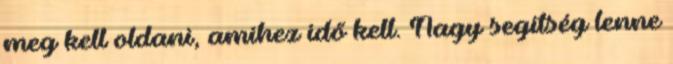
meg kell oldani, amihez idő kell. Nagy segítség lenne